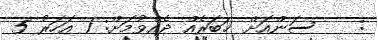
:    ސަންއަށް ޚަބަރެއް ދެއްވުމަށް: 1 އަހަރު 5